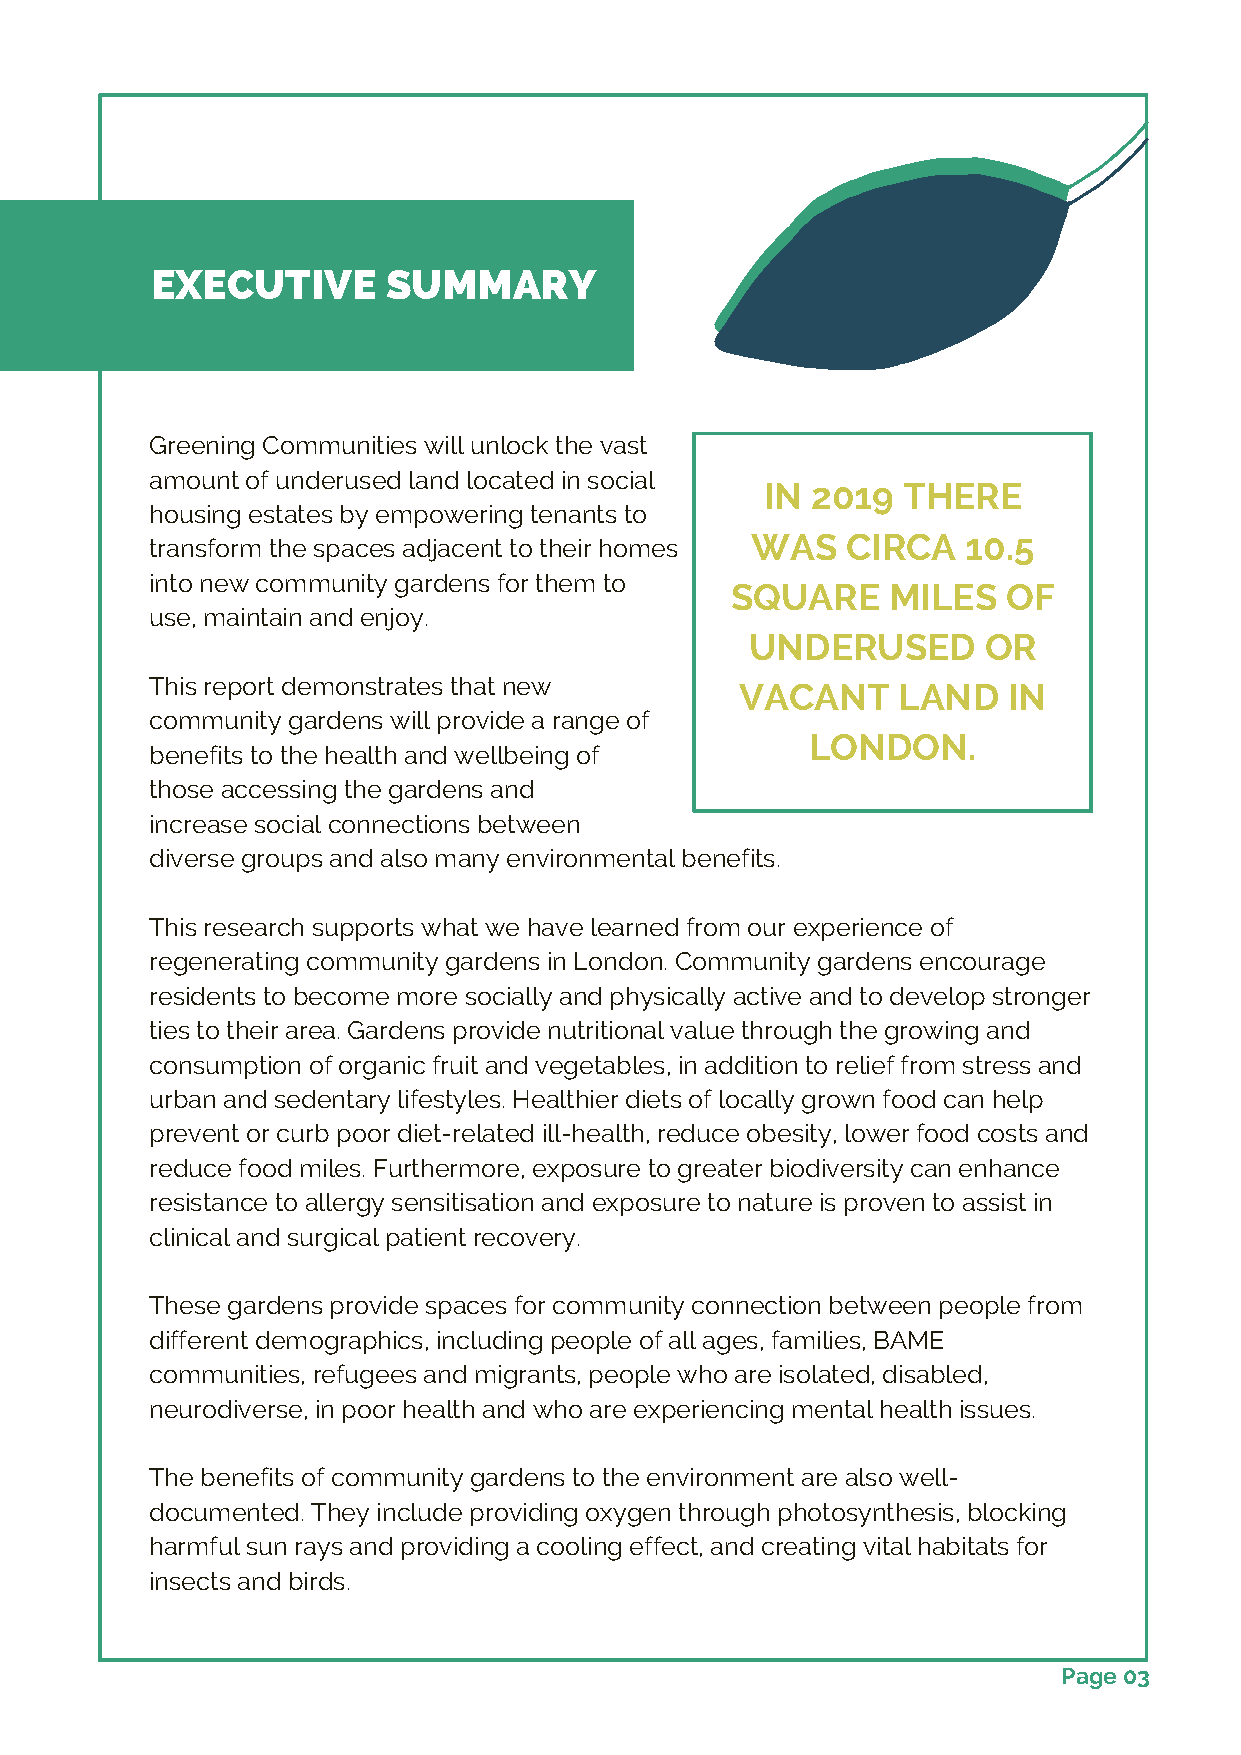
EXECUTIVE       SUMMARY
 Greening Communities will unlock the vast
 amount of underused land located in social
 IN 2019  THERE
 housing estates by empowering tenants to
 WAS   CIRCA   10.5
 transform the spaces adjacent to their homes
 into new community gardens for them to
 SQUARE     MILES   OF
 use, maintain and enjoy.
 UNDERUSED      OR
 This report demonstrates that new      VACANT    LAND    IN
 community gardens will provide a range of
 LONDON.
 benefits to the health and wellbeing of
 those accessing the gardens and
 increase social connections between
 diverse groups and also many environmental benefits.
 This research supports what we have learned from our experience of
 regenerating community gardens in London. Community gardens encourage
 residents to become more socially and physically active and to develop stronger
 ties to their area. Gardens provide nutritional value through the growing and
 consumption of organic fruit and vegetables, in addition to relief from stress and
 urban and sedentary lifestyles. Healthier diets of locally grown food can help
 prevent or curb poor diet-related ill-health, reduce obesity, lower food costs and
 reduce food miles. Furthermore, exposure to greater biodiversity can enhance
 resistance to allergy sensitisation and exposure to nature is proven to assist in
 clinical and surgical patient recovery.
 These gardens provide spaces for community connection between people from
 different demographics, including people of all ages, families, BAME
 communities, refugees and migrants, people who are isolated, disabled,
 neurodiverse, in poor health and who are experiencing mental health issues.
 The benefits of community gardens to the environment are also well-
 documented. They include providing oxygen through photosynthesis, blocking
 harmful sun rays and providing a cooling effect, and creating vital habitats for
 insects and birds.
 Page 03